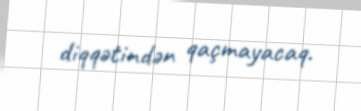
diqqətindən qaçmayacaq.